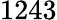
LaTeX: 1243